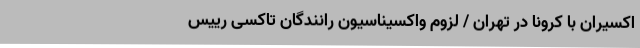
اکسیران با کرونا در تهران / لزوم واکسیناسیون رانندگان تاکسی رییس